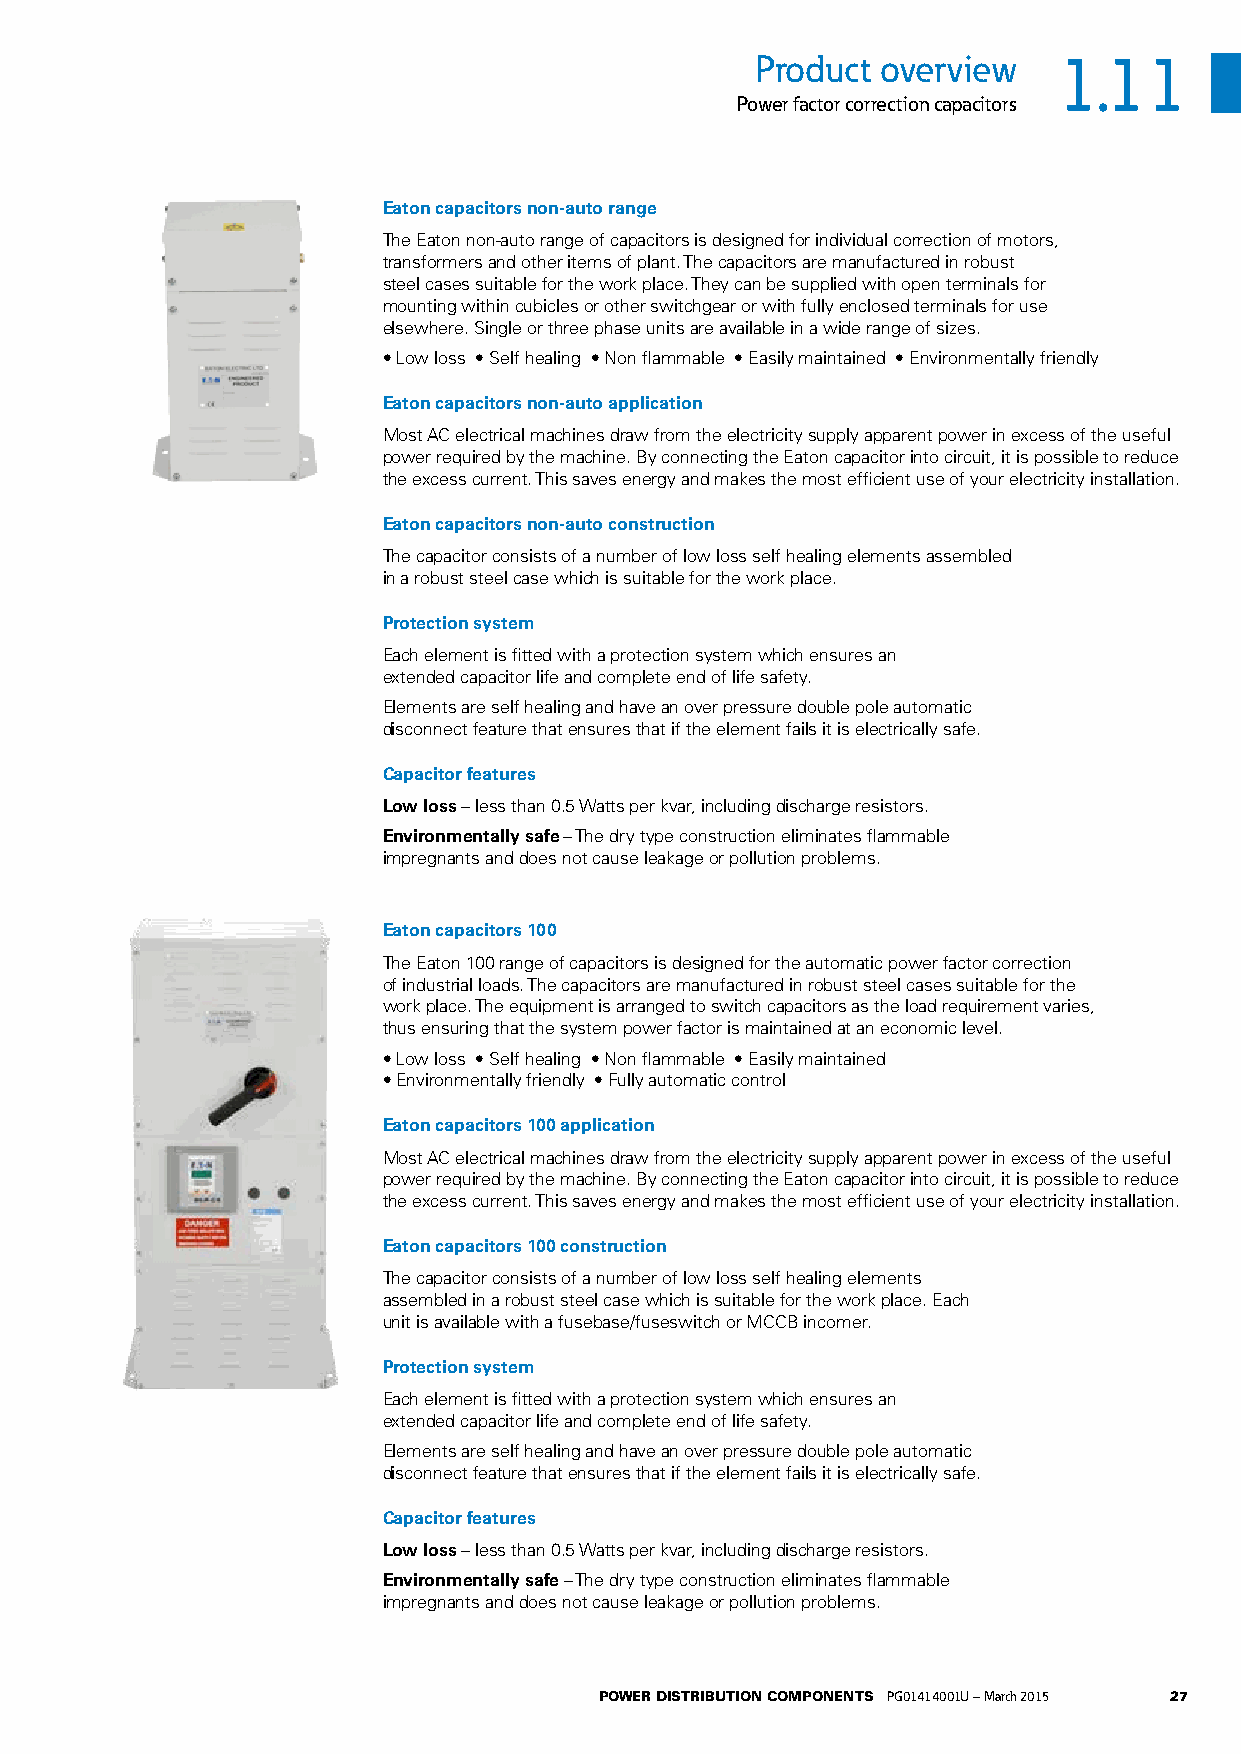
Product overview    1.11
 Power factor correction capacitors
 Eaton capacitors non-auto range
 The Eaton non-auto range of capacitors is designed for individual correction of motors,
 transformers and other items of plant. The capacitors are manufactured in robust
 steel cases suitable for the work place. They can be supplied with open terminals for
 mounting within cubicles or other switchgear or with fully enclosed terminals for use
 elsewhere. Single or three phase units are available in a wide range of sizes.
 • Low loss • Self healing • Non flammable • Easily maintained • Environmentally friendly
 Eaton capacitors non-auto application
 Most AC electrical machines draw from the electricity supply apparent power in excess of the useful
 power required by the machine. By connecting the Eaton capacitor into circuit, it is possible to reduce
 the excess current. This saves energy and makes the most efficient use of your electricity installation.
 Eaton capacitors non-auto construction
 The capacitor consists of a number of low loss self healing elements assembled
 in a robust steel case which is suitable for the work place.
 Protection system
 Each element is fitted with a protection system which ensures an
 extended capacitor life and complete end of life safety.
 Elements are self healing and have an over pressure double pole automatic
 disconnect feature that ensures that if the element fails it is electrically safe.
 Capacitor features
 Low loss – less than 0.5 Watts per kvar, including discharge resistors.
 Environmentally safe – The dry type construction eliminates flammable
 impregnants and does not cause leakage or pollution problems.
 Eaton capacitors 100
 The Eaton 100 range of capacitors is designed for the automatic power factor correction
 of industrial loads. The capacitors are manufactured in robust steel cases suitable for the
 work place. The equipment is arranged to switch capacitors as the load requirement varies,
 thus ensuring that the system power factor is maintained at an economic level.
 • Low loss • Self healing • Non flammable • Easily maintained
 • Environmentally friendly • Fully automatic control
 Eaton capacitors 100 application
 Most AC electrical machines draw from the electricity supply apparent power in excess of the useful
 power required by the machine. By connecting the Eaton capacitor into circuit, it is possible to reduce
 the excess current. This saves energy and makes the most efficient use of your electricity installation.
 Eaton capacitors 100 construction
 The capacitor consists of a number of low loss self healing elements
 assembled in a robust steel case which is suitable for the work place. Each
 unit is available with a fusebase/fuseswitch or MCCB incomer.
 Protection system
 Each element is fitted with a protection system which ensures an
 extended capacitor life and complete end of life safety.
 Elements are self healing and have an over pressure double pole automatic
 disconnect feature that ensures that if the element fails it is electrically safe.
 Capacitor features
 Low loss – less than 0.5 Watts per kvar, including discharge resistors.
 Environmentally safe – The dry type construction eliminates flammable
 impregnants and does not cause leakage or pollution problems.
 POWER DISTRIBUTION COMPONENTS PG01414001U – March 2015 27